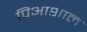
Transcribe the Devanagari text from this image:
पिआशाल